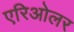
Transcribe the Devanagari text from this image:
एरिओलर